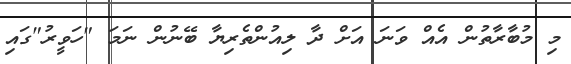
މި މުބާރާތުން އެއް ވަނަ އަށް ދާ ލިއުންތެރިޔާ ބޭނުން ނަމަ "ހަވީރު"ގައި